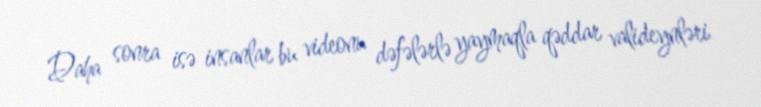
Daha sonra isə insanlar bu videonu dəfələrlə yaymaqla qəddar valideynləri